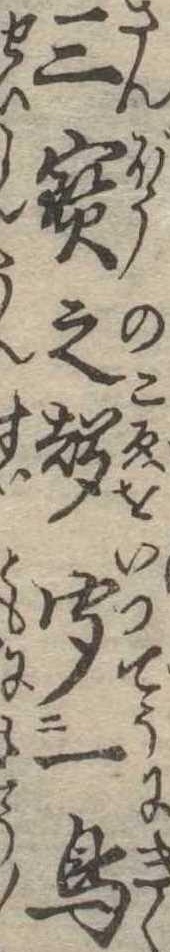
三宝之声聞一鳥